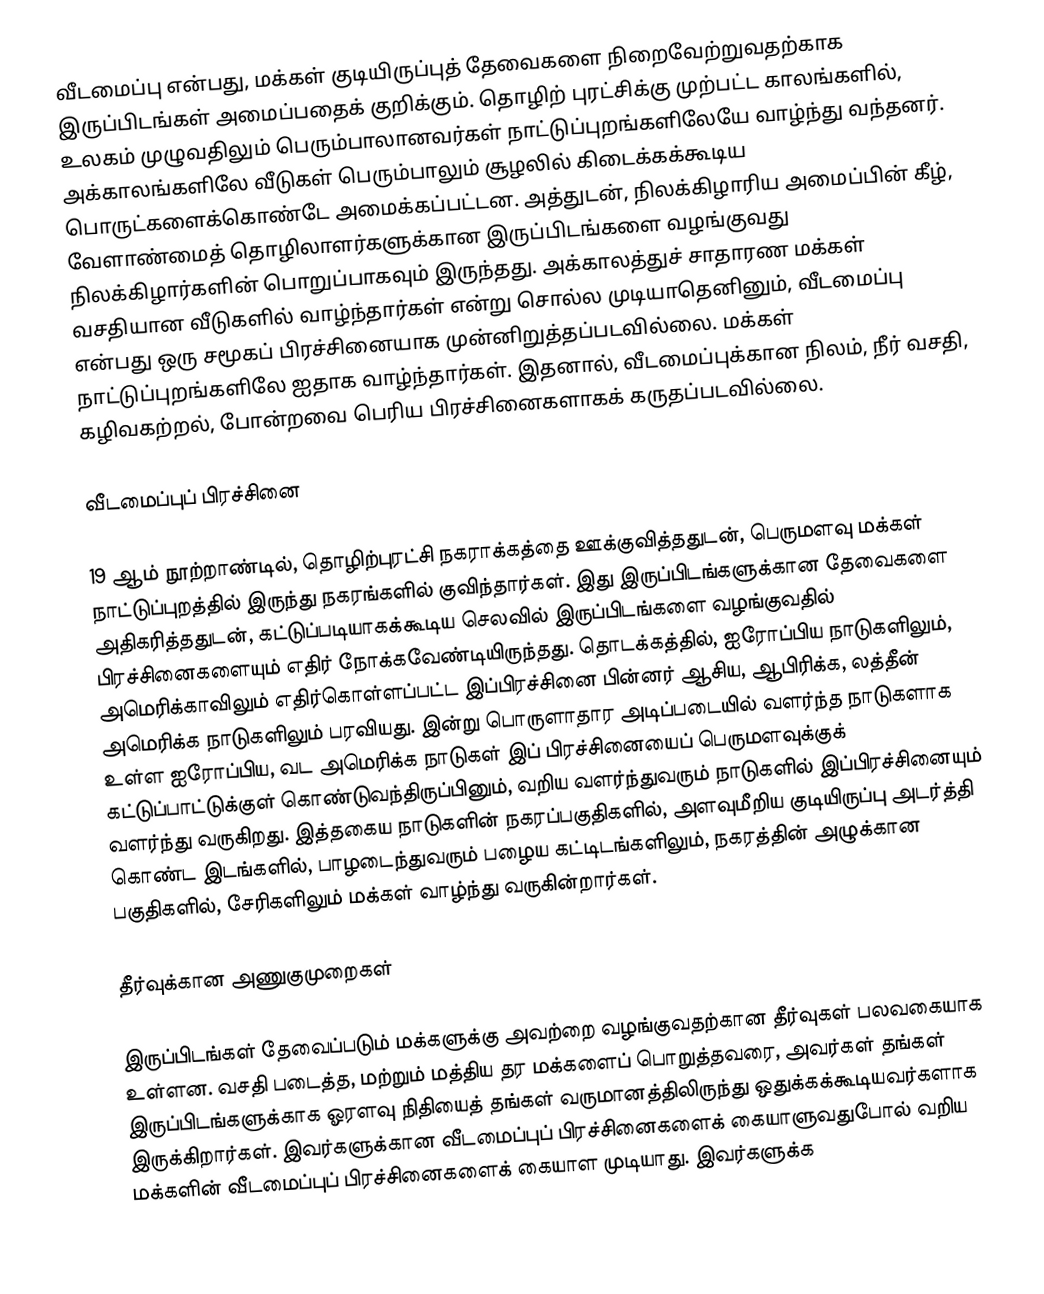
வீடமைப்பு என்பது, மக்கள் குடியிருப்புத் தேவைகளை நிறைவேற்றுவதற்காக இருப்பிடங்கள் அமைப்பதைக் குறிக்கும். தொழிற் புரட்சிக்கு முற்பட்ட காலங்களில், உலகம் முழுவதிலும் பெரும்பாலானவர்கள் நாட்டுப்புறங்களிலேயே வாழ்ந்து வந்தனர். அக்காலங்களிலே வீடுகள் பெரும்பாலும் சூழலில் கிடைக்கக்கூடிய பொருட்களைக்கொண்டே அமைக்கப்பட்டன. அத்துடன், நிலக்கிழாரிய அமைப்பின் கீழ், வேளாண்மைத் தொழிலாளர்களுக்கான இருப்பிடங்களை வழங்குவது நிலக்கிழார்களின் பொறுப்பாகவும் இருந்தது. அக்காலத்துச் சாதாரண மக்கள் வசதியான வீடுகளில் வாழ்ந்தார்கள் என்று சொல்ல முடியாதெனினும், வீடமைப்பு என்பது ஒரு சமூகப் பிரச்சினையாக முன்னிறுத்தப்படவில்லை. மக்கள் நாட்டுப்புறங்களிலே ஐதாக வாழ்ந்தார்கள். இதனால், வீடமைப்புக்கான நிலம், நீர் வசதி, கழிவகற்றல், போன்றவை பெரிய பிரச்சினைகளாகக் கருதப்படவில்லை.

வீடமைப்புப் பிரச்சினை

19 ஆம் நூற்றாண்டில், தொழிற்புரட்சி நகராக்கத்தை ஊக்குவித்ததுடன், பெருமளவு மக்கள் நாட்டுப்புறத்தில் இருந்து நகரங்களில் குவிந்தார்கள். இது இருப்பிடங்களுக்கான தேவைகளை அதிகரித்ததுடன், கட்டுப்படியாகக்கூடிய செலவில் இருப்பிடங்களை வழங்குவதில் பிரச்சினைகளையும் எதிர் நோக்கவேண்டியிருந்தது. தொடக்கத்தில், ஐரோப்பிய நாடுகளிலும், அமெரிக்காவிலும் எதிர்கொள்ளப்பட்ட இப்பிரச்சினை பின்னர் ஆசிய, ஆபிரிக்க, லத்தீன் அமெரிக்க நாடுகளிலும் பரவியது. இன்று பொருளாதார அடிப்படையில் வளர்ந்த நாடுகளாக உள்ள ஐரோப்பிய, வட அமெரிக்க நாடுகள் இப் பிரச்சினையைப் பெருமளவுக்குக் கட்டுப்பாட்டுக்குள் கொண்டுவந்திருப்பினும், வறிய வளர்ந்துவரும் நாடுகளில் இப்பிரச்சினையும் வளர்ந்து வருகிறது. இத்தகைய நாடுகளின் நகரப்பகுதிகளில், அளவுமீறிய குடியிருப்பு அடர்த்தி கொண்ட இடங்களில், பாழடைந்துவரும் பழைய கட்டிடங்களிலும், நகரத்தின் அழுக்கான பகுதிகளில், சேரிகளிலும் மக்கள் வாழ்ந்து வருகின்றார்கள்.

தீர்வுக்கான அணுகுமுறைகள்

இருப்பிடங்கள் தேவைப்படும் மக்களுக்கு அவற்றை வழங்குவதற்கான தீர்வுகள் பலவகையாக உள்ளன. வசதி படைத்த, மற்றும் மத்திய தர மக்களைப் பொறுத்தவரை, அவர்கள் தங்கள் இருப்பிடங்களுக்காக ஓரளவு நிதியைத் தங்கள் வருமானத்திலிருந்து ஒதுக்கக்கூடியவர்களாக இருக்கிறார்கள். இவர்களுக்கான வீடமைப்புப் பிரச்சினைகளைக் கையாளுவதுபோல் வறிய மக்களின் வீடமைப்புப் பிரச்சினைகளைக் கையாள முடியாது.  இவர்களுக்க